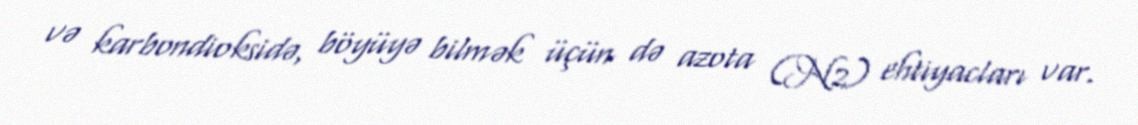
və karbondioksidə, böyüyə bilmək üçün də azota (N2) ehtiyacları var.